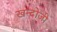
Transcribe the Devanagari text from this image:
खन्दोजी